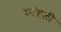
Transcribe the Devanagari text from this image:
कांहली